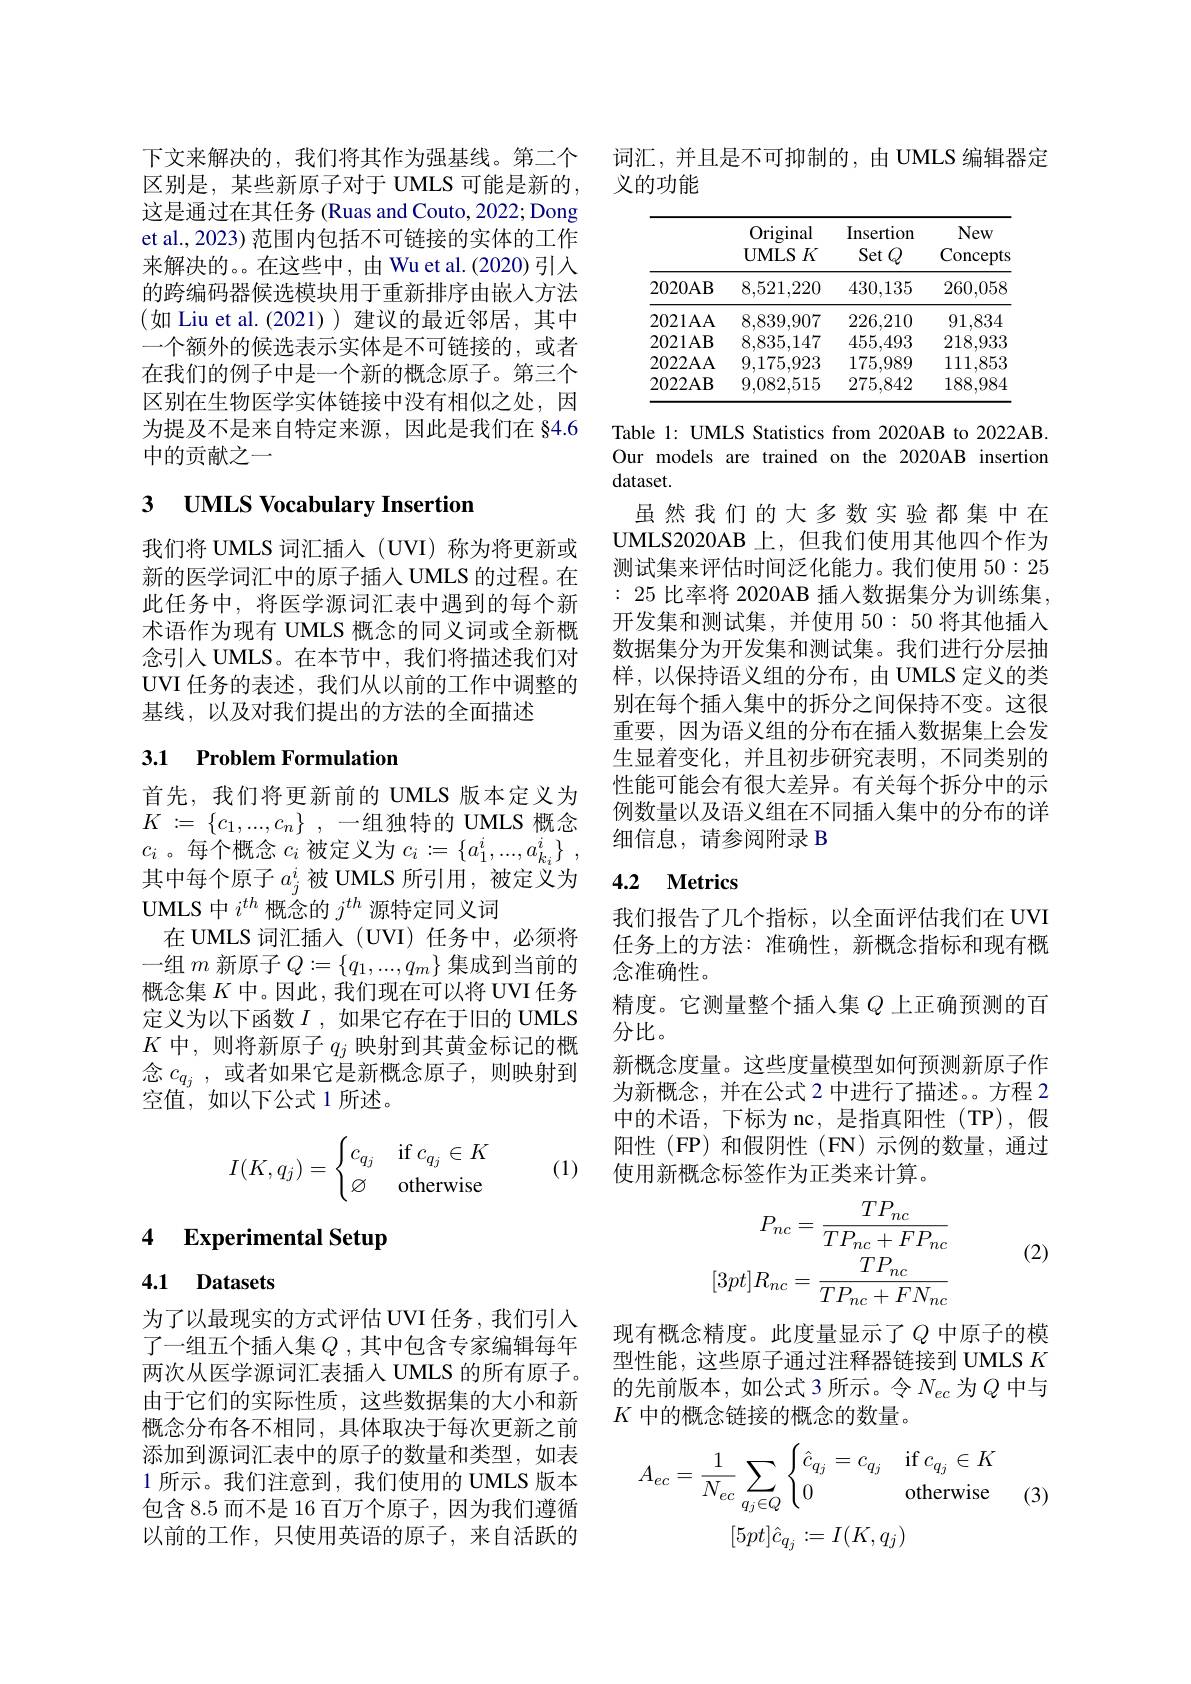
下文来解决的，我们将其作为强基线。第二个区别是，某些新原子对于 UMLS 可能是新的， 这是通过在其任务 (Ruas and Couto, 2022; Dong et al., 2023) 范围内包括不可链接的实体的工作来解决的。。在这些中，由 Wu et al.(2020) 引入的跨编码器候选模块用于重新排序由嵌入方法$(如$ Liu et al.(2021))建议的最近邻居，其中一个额外的候选表示实体是不可链接的，或者在我们的例子中是一个新的概念原子。第三个区别在生物医学实体链接中没有相似之处，因为提及不是来自特定来源，因此是我们在 §4.6中的贡献之一

# 3 UMLS Vocabulary Insertion

我们将 UMLS 词汇插入 (UVI) 称为将更新或新的医学词汇中的原子插入 UMLS 的过程。在此任务中，将医学源词汇表中遇到的每个新术语作为现有 UMLS 概念的同义词或全新概念引入 UMLS。在本节中，我们将描述我们对UVI 任务的表述，我们从以前的工作中调整的基线，以及对我们提出的方法的全面描述

## 3.1 Problem Formulation

首先，我们将更新前的 UMLS 版本定义为$K: = \{ c_1, . . . , c_n\}$ ,一组独特的 UMLS 概念$c_i$ 。每个概念$c_i$被定义为$c_i:=\{a_1^i,...,a_{k_i}^i\}~$, 其中每个原子$a_j^i$被 UMLS 所引用，被定义为UMLS 中$i^th$概念的$j^th$源特定同义词
在 UMLS 词汇插入 (UVI) 任务中，必须将一组$m$新原子$Q:=\{q_1,...,q_m\}$集成到当前的概念集$K$中。因此，我们现在可以将 UVI 任务定义为以下函数$I$ , 如果它存在于旧的 UMLS $K$中，则将新原子$q_j$映射到其黄金标记的概念$c_{q_j}$ ,或者如果它是新概念原子，则映射到空值，如以下公式 1 所述。
$$I(K,q_j)=\begin{cases}c_{q_j}&\text{if}c_{q_j}\in K\\\varnothing&\text{otherwise}\end{cases}$$
(1)

## 4 $\textbf{Experimental Setup}$

4.1 Datasets

为了以最现实的方式评估 UVI 任务，我们引入了一组五个插人集$Q$ ,其中包含专家编辑每年两次从医学源词汇表插入 UMLS 的所有原子。由于它们的实际性质，这些数据集的大小和新概念分布各不相同，具体取决于每次更新之前添加到源词汇表中的原子的数量和类型，如表1 所示。我们注意到，我们使用的 UMLS 版本包含 8.5 而不是 16 百万个原子，因为我们遵循以前的工作，只使用英语的原子，来自活跃的

词汇，并且是不可抑制的，由 UMLS 编辑器定
义的功能

<table>
	<tbody>
		<tr>
			<th> </th>
			<th>Original UMLS$K$</th>
			<th>Insertion Set ${: }\mathbf{t}$ $Q$</th>
			<th>New Concepts</th>
		</tr>
		<tr>
			<td>2020AB</td>
			<td>8,521,220</td>
			<td>430,135</td>
			<td>260,058</td>
		</tr>
		<tr>
			<td>2021AA</td>
			<td>8.839.907</td>
			<td>226,210</td>
			<td>91,834</td>
		</tr>
		<tr>
			<td>2021AB</td>
			<td>8,835,147</td>
			<td>455,493</td>
			<td>218,933</td>
		</tr>
		<tr>
			<td>2022AA</td>
			<td>9,175,923</td>
			<td>175,989</td>
			<td>111,853</td>
		</tr>
		<tr>
			<td>2022AB</td>
			<td>9,082,515</td>
			<td>275,842</td>
			<td>188,984</td>
		</tr>
	</tbody>
</table>

Table 1: UMLS Statistics from 2020AB to 2022AB. Our models are trained on the 2020AB insertion dataset.
虽然我们的大多数实验都集中在UMLS2020AB 上，但我们使用其他四个作为测试集来评估时间泛化能力。我们使用50：25 : 25 比率将 2020AB 插入数据集分为训练集， 开发集和测试集，并使用50：50将其他插入数据集分为开发集和测试集。我们进行分层抽样，以保持语义组的分布，由 UMLS 定义的类别在每个插入集中的拆分之间保持不变。这很重要，因为语义组的分布在插入数据集上会发生显着变化，并且初步研究表明，不同类别的性能可能会有很大差异。有关每个拆分中的示例数量以及语义组在不同插人集中的分布的详细信息，请参阅附录 B

## 4.2 $\mathbf{Metrics}$

我们报告了几个指标，以全面评估我们在 UVI 任务上的方法：准确性，新概念指标和现有概念准确性。
精度。它测量整个插入集$Q$上正确预测的百
分比。
新概念度量。这些度量模型如何预测新原子作为新概念，并在公式 2 中进行了描述。。方程 2中的术语，下标为 nc,是指真阳性(TP),假阳性(FP)和假阴性(FN)示例的数量，通过使用新概念标签作为正类来计算。
$$P_{nc}=\frac{TP_{nc}}{TP_{nc}+FP_{nc}}\\[3pt]R_{nc}=\frac{TP_{nc}}{TP_{nc}+FN_{nc}}$$
(2)

现有概念精度。此度量显示了$Q$ 中原子的模型性能，这些原子通过注释器链接到 UMLS $K$ 的先前版本，如公式 3 所示。令$N_ec$为$Q$中与$K$中的概念链接的概念的数量。

(3)
$$A_{ec}=\frac{1}{N_{ec}}\sum_{q_j\in Q}\begin{cases}\hat{c}_{q_j}=c_{q_j}&\text{if}\:c_{q_j}\in K\\0&\text{otherwise}\end{cases}\\[5pt]\hat{c}_{q_j}:=I(K,q_j)$$